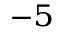
^ { - 5 }